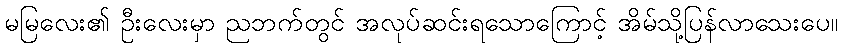
မမြလေး၏ ဦးလေးမှာ ညဘက်တွင် အလုပ်ဆင်းရသောကြောင့် အိမ်သို့ပြန်လာသေးပေ။